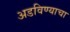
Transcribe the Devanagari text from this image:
अडविण्याचा